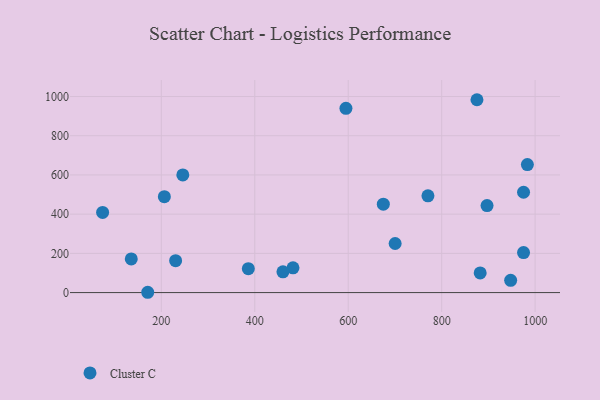
{"axis": {"x": "Experience", "y": "Rating"}, "legend": ["Cluster C"], "data": [{"x": "897.1", "y": 443.8, "type": "Cluster C"}, {"x": "983.4", "y": 652.8, "type": "Cluster C"}, {"x": "770.6", "y": 493.3, "type": "Cluster C"}, {"x": "975.2", "y": 204.2, "type": "Cluster C"}, {"x": "481.8", "y": 126.4, "type": "Cluster C"}, {"x": "875.5", "y": 983.7, "type": "Cluster C"}, {"x": "386.2", "y": 122.1, "type": "Cluster C"}, {"x": "460.3", "y": 106.0, "type": "Cluster C"}, {"x": "206.5", "y": 489.2, "type": "Cluster C"}, {"x": "595.1", "y": 939.9, "type": "Cluster C"}, {"x": "675.1", "y": 450.8, "type": "Cluster C"}, {"x": "947.6", "y": 62.3, "type": "Cluster C"}, {"x": "230.6", "y": 162.6, "type": "Cluster C"}, {"x": "170.9", "y": 1.6, "type": "Cluster C"}, {"x": "700.4", "y": 250.4, "type": "Cluster C"}, {"x": "135.7", "y": 171.9, "type": "Cluster C"}, {"x": "975.2", "y": 511.7, "type": "Cluster C"}, {"x": "246.0", "y": 600.0, "type": "Cluster C"}, {"x": "74.4", "y": 408.9, "type": "Cluster C"}, {"x": "882.4", "y": 100.2, "type": "Cluster C"}]}